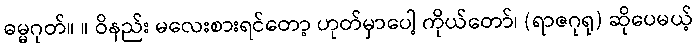
ဓမ္မဂုတ်။ ။ ဝိနည်း မလေးစားရင်တော့ ဟုတ်မှာပေါ့ ကိုယ်တော်၊ (ရာဇဂုရု) ဆိုပေမယ့်